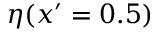
\eta ( x ^ { \prime } = 0 . 5 )